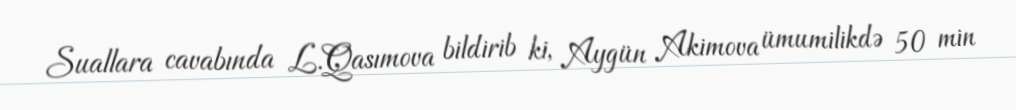
Suallara cavabında L.Qasımova bildirib ki, Aygün Akimova ümumilikdə 50 min